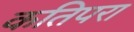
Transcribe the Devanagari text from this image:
कतिपरा